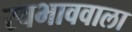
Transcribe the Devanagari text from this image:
स्वभाववाला